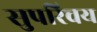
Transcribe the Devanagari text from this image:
सुपरिचय